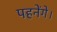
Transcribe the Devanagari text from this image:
पहनेंगे।